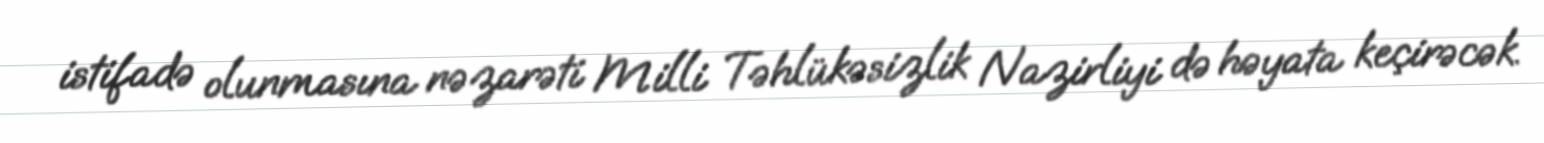
istifadə olunmasına nəzarəti Milli Təhlükəsizlik Nazirliyi də həyata keçirəcək.